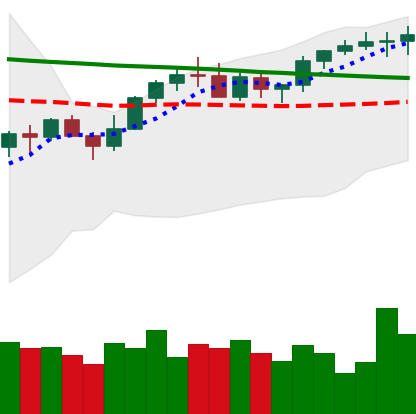
Ticker: XMR-USD
Chart end date: 2022-12-13
Forward return: -4.751%
Label: down_3_5